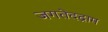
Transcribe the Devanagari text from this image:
जगतेदद्राम